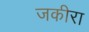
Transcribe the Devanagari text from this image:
जकीरा